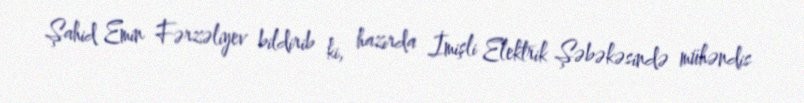
Şahid Emin Fərzəliyev bildirib ki, hazırda İmişli Elektrik Şəbəkəsində mühəndis